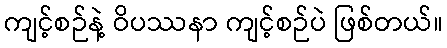
ကျင့်စဉ်နဲ့ ဝိပဿနာ ကျင့်စဉ်ပဲ ဖြစ်တယ်။